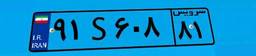
۲۹S۹۱۰۰۳